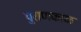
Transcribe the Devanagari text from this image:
पुराणकाळ